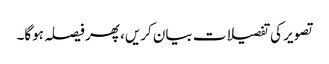
تصویر کی تفصیلات بیان کریں، پھر فیصلہ ہوگا۔